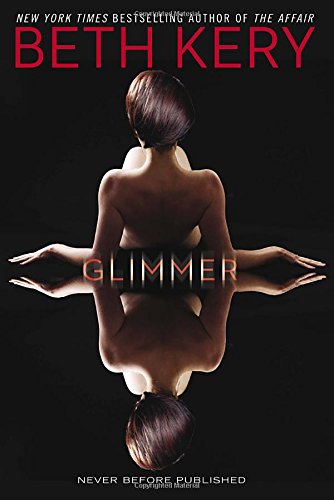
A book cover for Glimmer; Beth Kery; Romance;